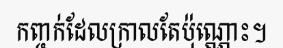
កញ្ចក់ដែលក្រាលតែប៉ុណ្ណោះ។